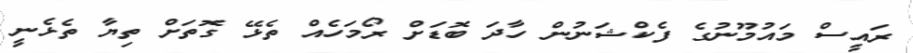
ރައީސް މައުމޫނުގެ ފެކްޝަނުން ހާދަ ބޮޑަށް ރޯމަހެއް ތެޅޭ ގޮތަށް ތިޔާ ތެޅެނީ